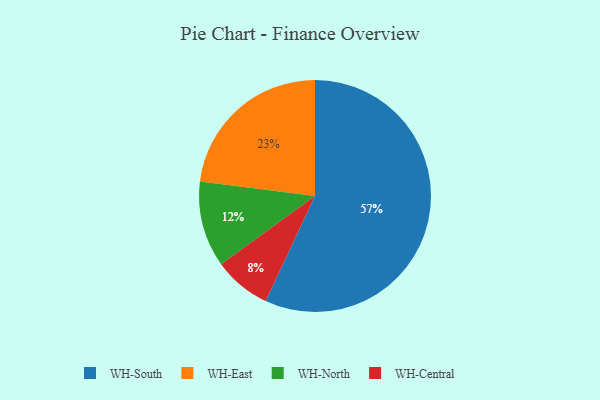
{"axis": {"x": "Category", "y": "Percentage"}, "legend": ["WH-Central", "WH-East", "WH-North", "WH-South"], "data": [{"x": "WH-Central", "y": 8, "type": "WH-Central"}, {"x": "WH-North", "y": 12, "type": "WH-North"}, {"x": "WH-South", "y": 57, "type": "WH-South"}, {"x": "WH-East", "y": 23, "type": "WH-East"}]}